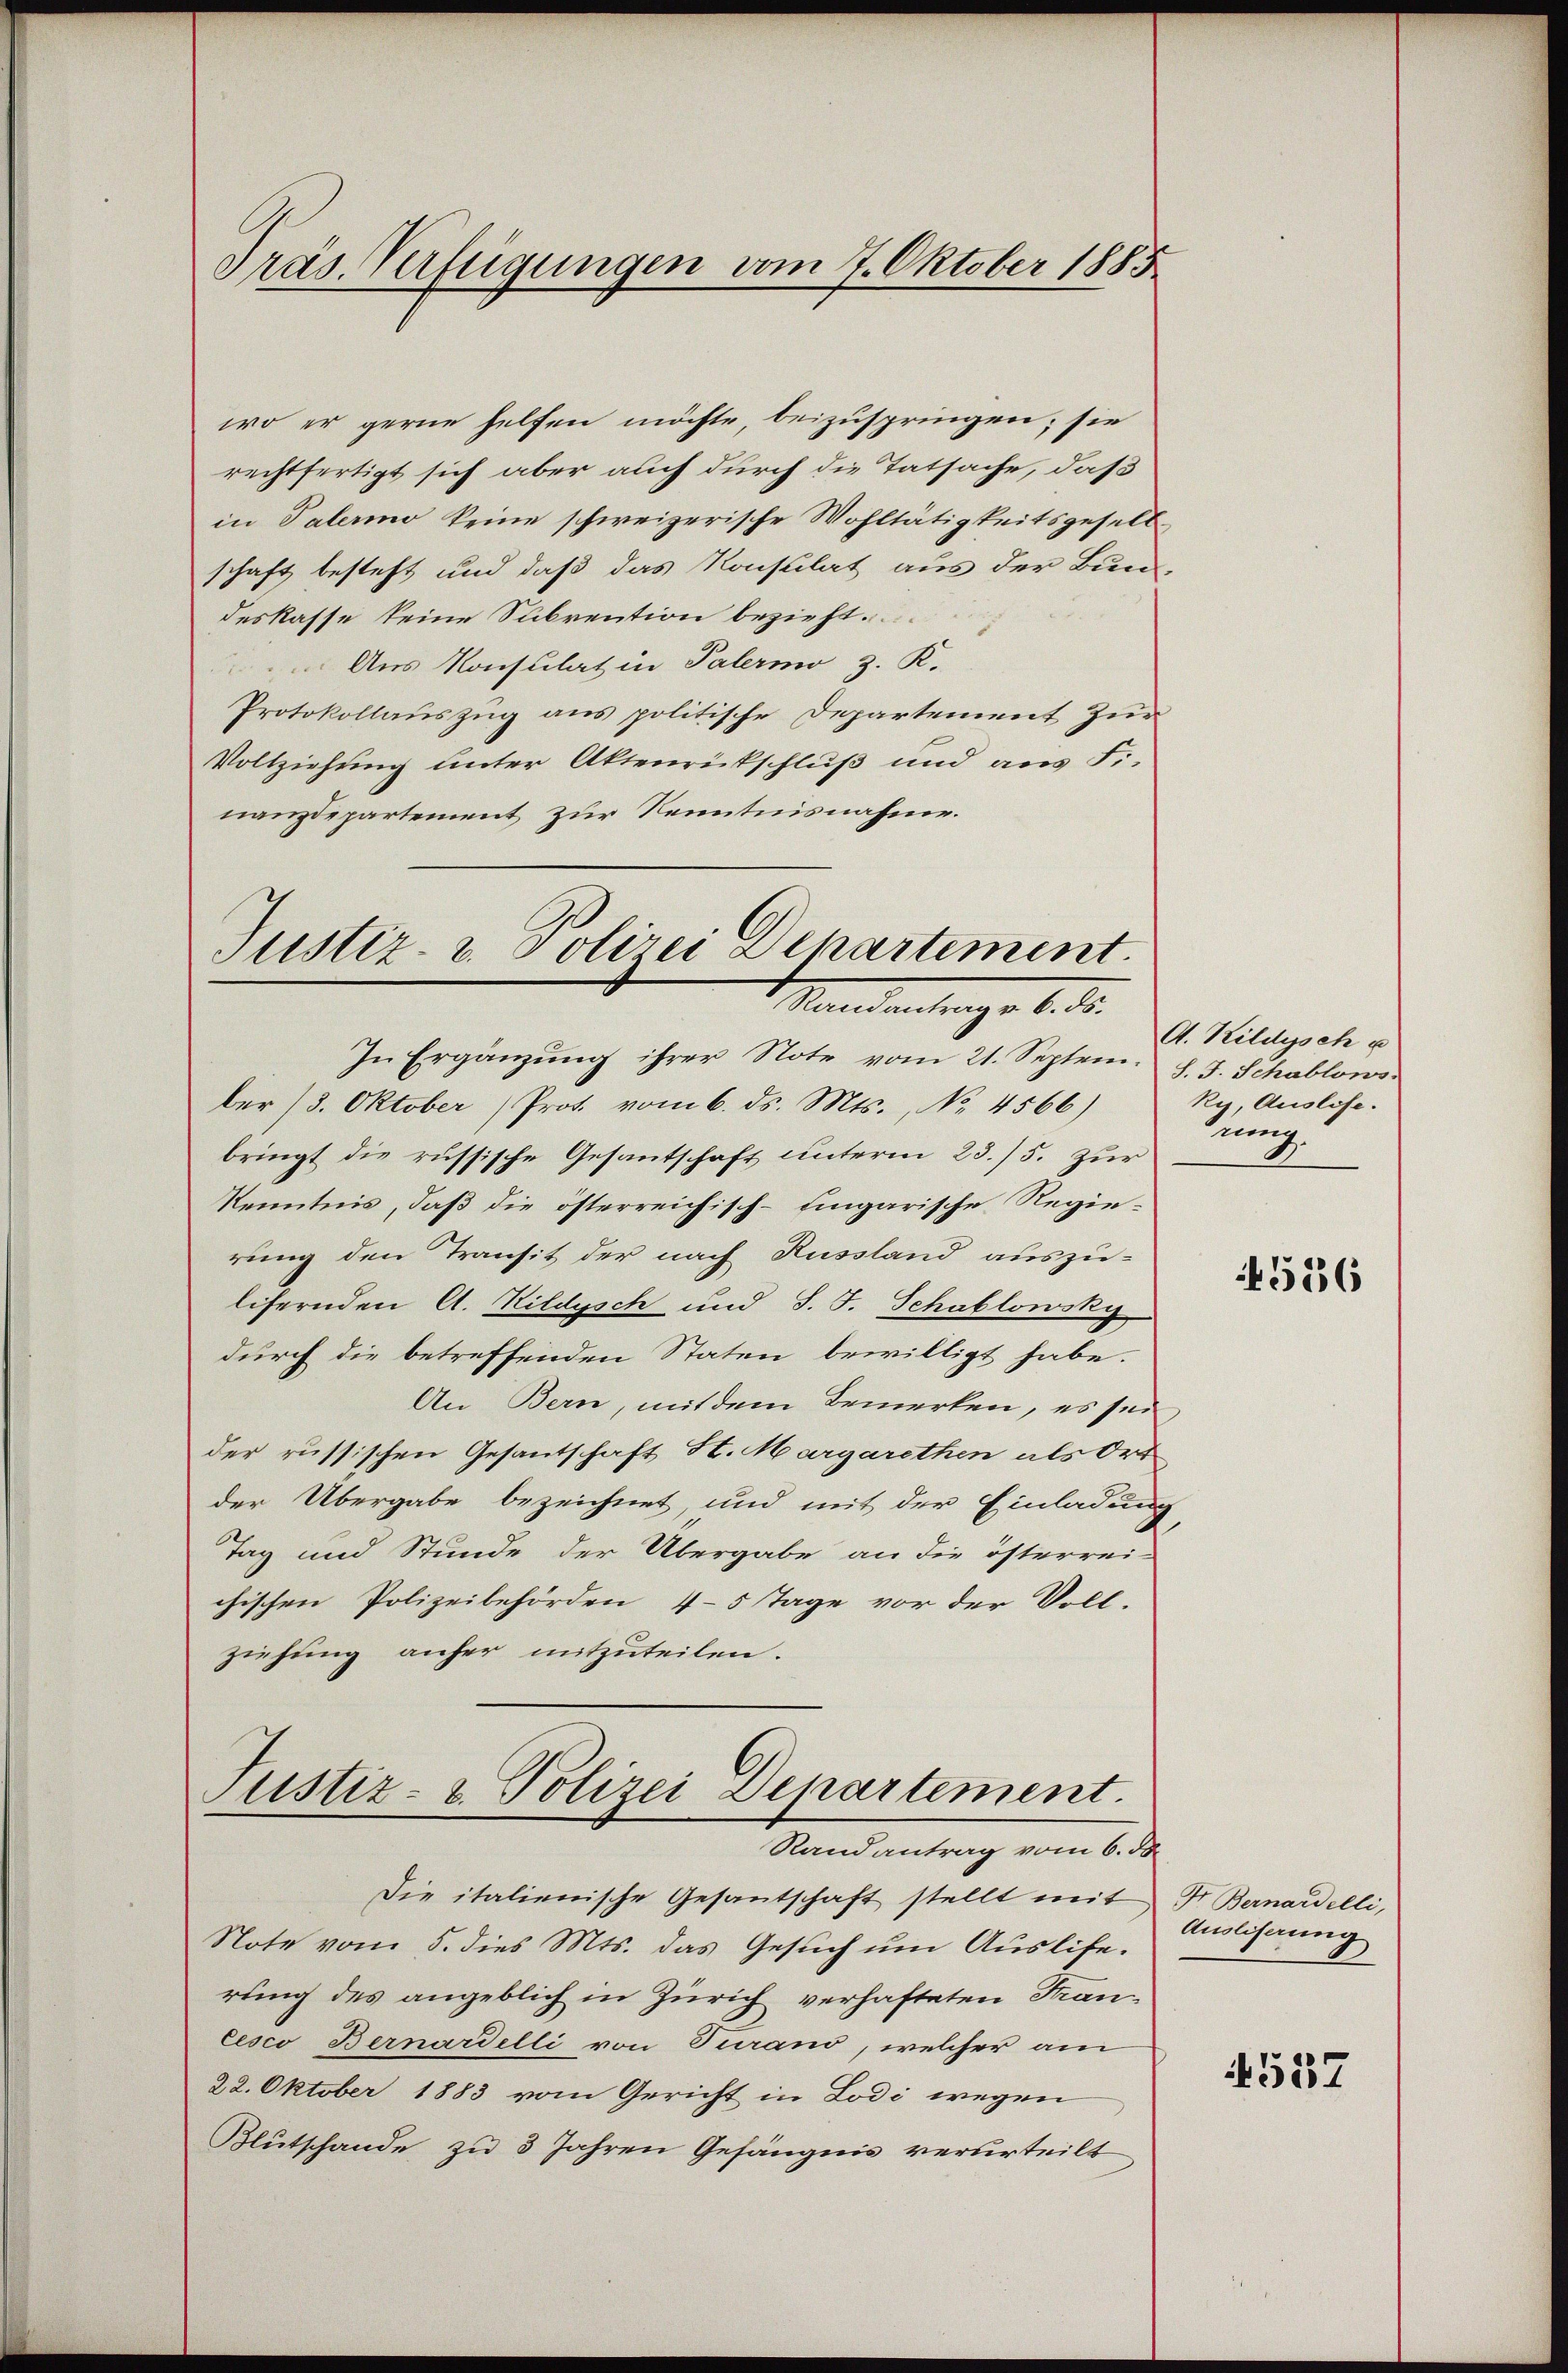
Präs. Verfügungen vom 7. Oktober 1885

wo er gerne helfen möchte beizuspringen; sie
rechtfertigt sich aber auch durch die Tatsache, daß
in Palermo keine schweizerische Wohltätigkeitsgesell
schaft besteht und daß das Konsulat aus der Bun-
deskasse keine Subvention bezieht.
Aus Konsulat in Palermo z. K.
Protokollauszug aus politische Departement zur
Vollziehung unter Aktenrückschluß und aus Fr.
nanzdepartement zur Kenntnisnahme.

Justiz- & Polizei Departement.
Mandantrage bede

In Ergänzŭng ihrer Note vom 21. Septem. J. J. Schablows
ber 13. Oktober) Prot. vom 6. ds. Mts., No. 4566)
bringt die russische Gesantschaft unterm 23./5. zur
Kenntnis, daß die österreichisch-ungarische Regierung den Transit der nach Russland auszu-
lifernden A. Kildysch und S. F. Schablowsky
durch die betreffenden Staten bewilligt habe.
An Bern, mit dem Bemerken, es sei
der russischen Gesantschaft St. Margarethen als Ort
der Übergabe bezeichnet, und mit der Einladung
Tag und Stunde der Übergabe an die österrei-
chischen Polizeibehörden 4-5 Tage vor der Voll-
ziehung anher mitzuteilen.
Justiz- & Polizei Departement.
Randantrag vom 6. de
Die italienische Gesantschaft stellt mit Fr. Bernardelli,
Note vom 5. dies Mts. das Gesuch um Ausliferung des angeblich in Zürich verhafteten Francesco Bernardelli von Turano, welcher am
22. Oktober 1883 vom Gericht in Lodi wegen
Blutschande zu 3 Jahren Gefängnis verurteilt

A. Kildysch u
Ry, Auslöse.
ng.

4536

Auslösung

4557